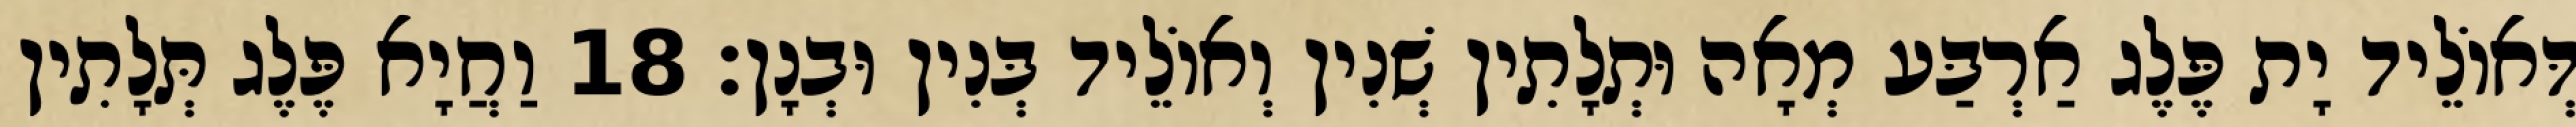
דְּאוֹלֵיד יָת פֶּלֶג אַרְבַּע מְאָה וּתְלָתִין שְׁנִין וְאוֹלֵיד בְּנִין וּבְנָן׃ 18 וַחֲיָא פֶּלֶג תְּלָתִין